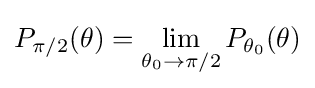
P_{\pi /2}(\theta )=\lim _{\theta _{0}\to \pi /2}P_{\theta _{0}}(\theta )